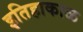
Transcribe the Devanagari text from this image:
इतिहाकाळ